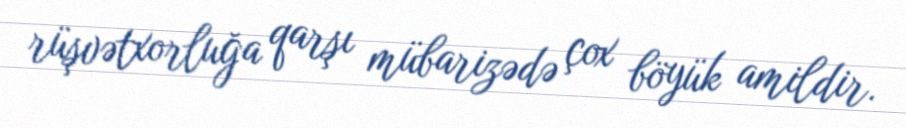
rüşvətxorluğa qarşı mübarizədə çox böyük amildir.